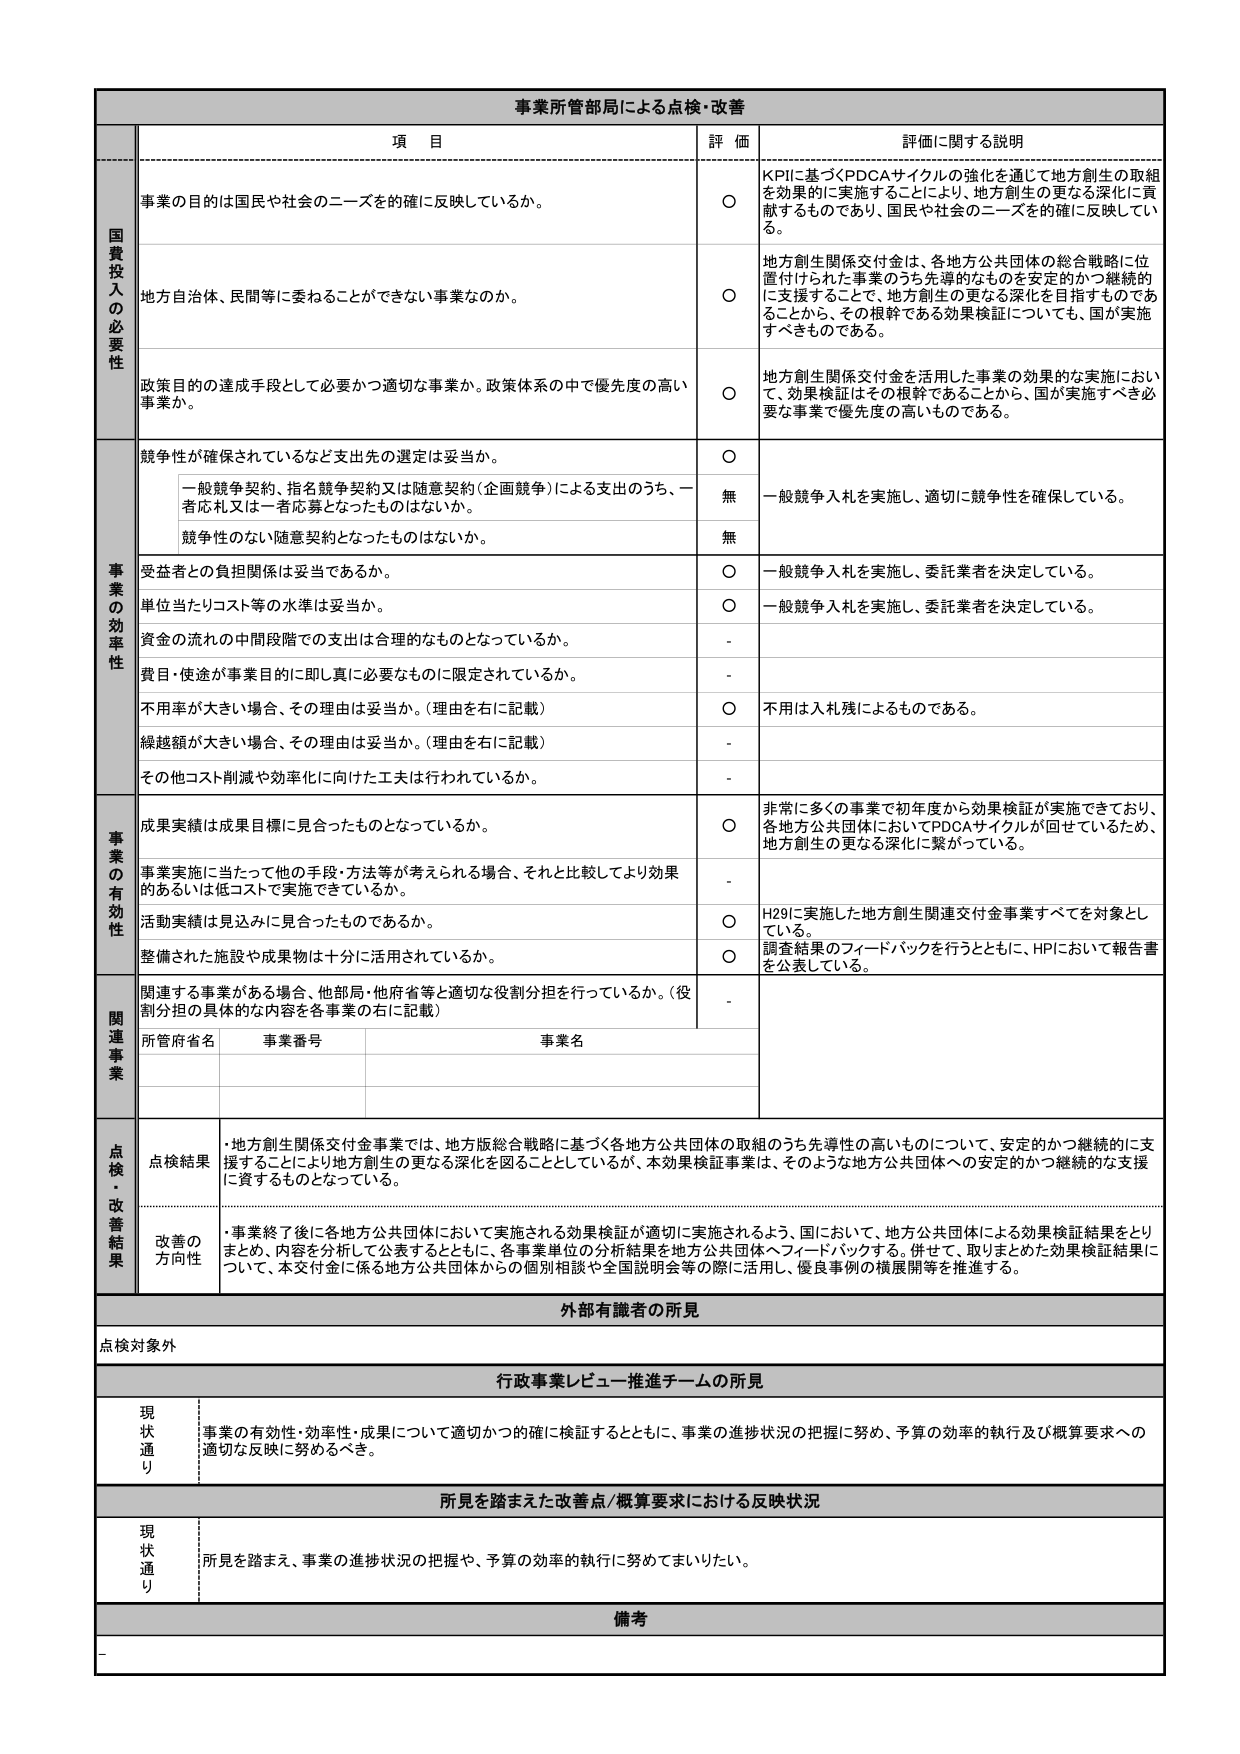
事業所管部局による点検・改善

項 目 評 価 詳細に関する説明

国費投入の必要性
事業の目的は国民や社会のニーズを的確に反映しているか。
〇 KPIに基づくPDCAサイクルの強化を通じて地方創生の取組を効果的に実施することにより、地方創生の更なる深化に貢献するものであり、国民や社会のニーズを的確に反映している。

地方自治体、民間等に委ねることができない事業なのか。
〇 地方創生関係交付金は、各地方公共団体の総合戦略に位置付けられた事業のうち先導的なものを安定的かつ継続的に支援することで、地方創生の更なる深化を目指すものであることから、その根幹である効果検証についても、国が実施すべきものである。

政策目的の達成手段として必要かつ適切な事業か。政策体系の中で優先度の高い事業か。
〇 地方創生関係交付金を活用した事業の効果的な実施において、効果検証はその根幹であることから、国が実施すべき必要な事業で優先度の高いものである。

事業の効率性
競争性が確保されているなど支出先の選定は妥当か。
〇 一般競争入札を実施し、適切に競争性を確保している。

一般競争契約、指名競争契約又は随意契約（企画競争）による支出のうち、一者応札又は一者応募となったものはないか。
無

競争性のない随意契約となったものはないか。
無

受益者との負担関係は妥当であるか。
〇 一般競争入札を実施し、委託業者を決定している。

単位当たりコスト等の水準は妥当か。
〇 一般競争入札を実施し、委託業者を決定している。

資金の流れの中間段階での支出は合理的なものとなっているか。
-

費用・使途が事業目的に即し真に必要なものに限定されているか。
-

不用率が大きい場合、その理由は妥当か。（理由を右に記載）
〇 不用は入札残によるものである。

繰越額が大きい場合、その理由は妥当か。（理由を右に記載）
-

その他コスト削減や効率化に向けた工夫は行われているか。
-

事業の有効性
成果実績は成果目標に見合ったものとなっているか。
〇 非常に多くの事業で初年度から効果検証が実施できており、各地方公共団体においてPDCAサイクルが回せているため、地方創生の更なる深化に繋がっている。

事業実施に当たって他の手段・方法等が考えられる場合、それと比較してより効果的あるいは低コストで実施できているか。
-

活動実績は見込みに見合ったものであるか。
〇 H29に実施した地方創生関連交付金事業すべてを対象としている。

整備された施設や成果物は十分に活用されているか。
〇 調査結果のフィードバックを行うとともに、HPにおいて報告書を公表している。

関連事業
関連する事業がある場合、他部局・他府省等と適切な役割分担を行っているか。（役割分担の具体的な内容を各事業の右に記載）
-

所管府省名 事業番号 事業名

点検・改善結果
点検結果
・地方創生関係交付金事業では、地方版総合戦略に基づく各地方公共団体の取組のうち先導性の高いものについて、安定的かつ継続的に支援することにより地方創生の更なる深化を図ることとしているが、本効果検証事業は、そのような地方公共団体への安定的かつ継続的な支援に資するものとなっている。

改善の方向性
・事業終了後に各地方公共団体において実施される効果検証が適切に実施されるよう、国において、地方公共団体による効果検証結果をとりまとめ、内容を分析して公表するとともに、各事業単位の分析結果を地方公共団体へフィードバックする。併せて、取りまとめた効果検証結果について、本交付金に係る地方公共団体からの個別相談や全国説明会等の際に活用し、優良事例の横展開等を推進する。

外部有識者の所見
点検対象外

行政事業レビュー推進チームの所見
現状通り 事業の有効性・効率性・成果について適切かつ的確に検証するとともに、事業の進捗状況の把握に努め、予算の効率的執行及び概算要求への適切な反映に努めるべき。

所見を踏まえた改善点／概算要求における反映状況
現状通り 所見を踏まえ、事業の進捗状況の把握や、予算の効率的執行に努めてまいりたい。

備考
-